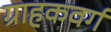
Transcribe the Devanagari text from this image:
ग्राहकवर्ग